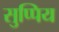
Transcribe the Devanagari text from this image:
सुप्पिय